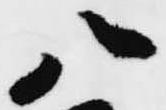
八